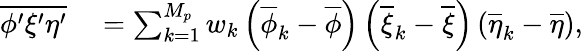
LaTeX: \begin{array}{rl}{\overline{{\phi^{\prime}\xi^{\prime}\eta^{\prime}}}}&{{}=\sum_{k=1}^{M_{p}}w_{k}\left(\overline{{\phi}}_{k}-\overline{{\phi}}\right)\left(\overline{{\xi}}_{k}-\overline{{\xi}}\right)\left(\overline{{\eta}}_{k}-\overline{{\eta}}\right),}\end{array}